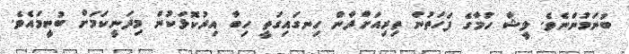
ބުނަމުންނެވެ. ލީޝާ ހުމާގެ ފަހަތުން ތިރިއަށްދާން ހިނގައިގަތީ ހިބާ އިރުކޮޅަކުން މިދަނީކަމަށް ބުނީމައެވެ.